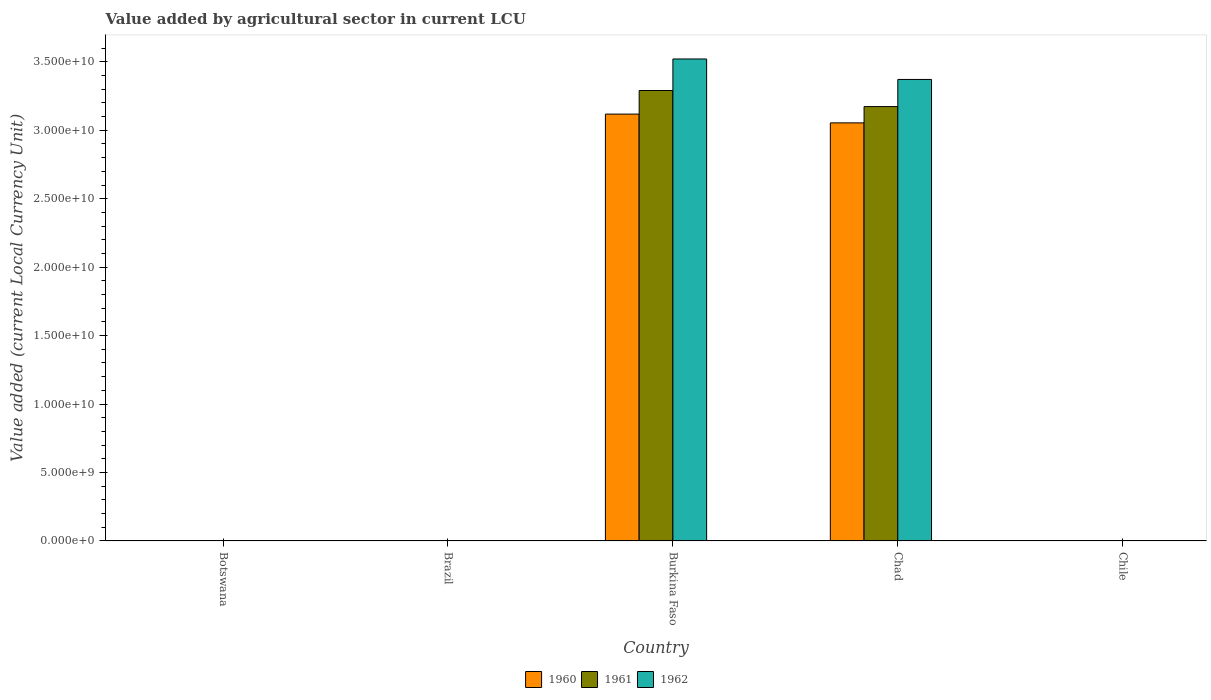
| Country | 1960 | 1961 | 1962 |
 | --- | --- | --- | --- |
 | Botswana | 9.38e+06 | 9.86e+06 | 1.03e+07 |
 | Brazil | 0.000182 | 0.000255 | 0.000436 |
 | Burkina Faso | 3.12e+10 | 3.29e+10 | 3.52e+10 |
 | Chad | 3.05e+10 | 3.17e+10 | 3.37e+10 |
 | Chile | 4e+05 | 5e+05 | 5e+05 |